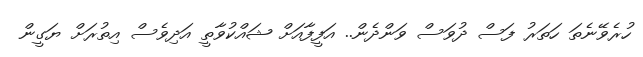
ހުރެވޭނެތަ ހަތަރު ފަސް ދުވަސް ވަންދެން.. އަފީފާއަށް ޝައްކުވާތީ އަދިވެސް އިތުރަށް ޔަގީން